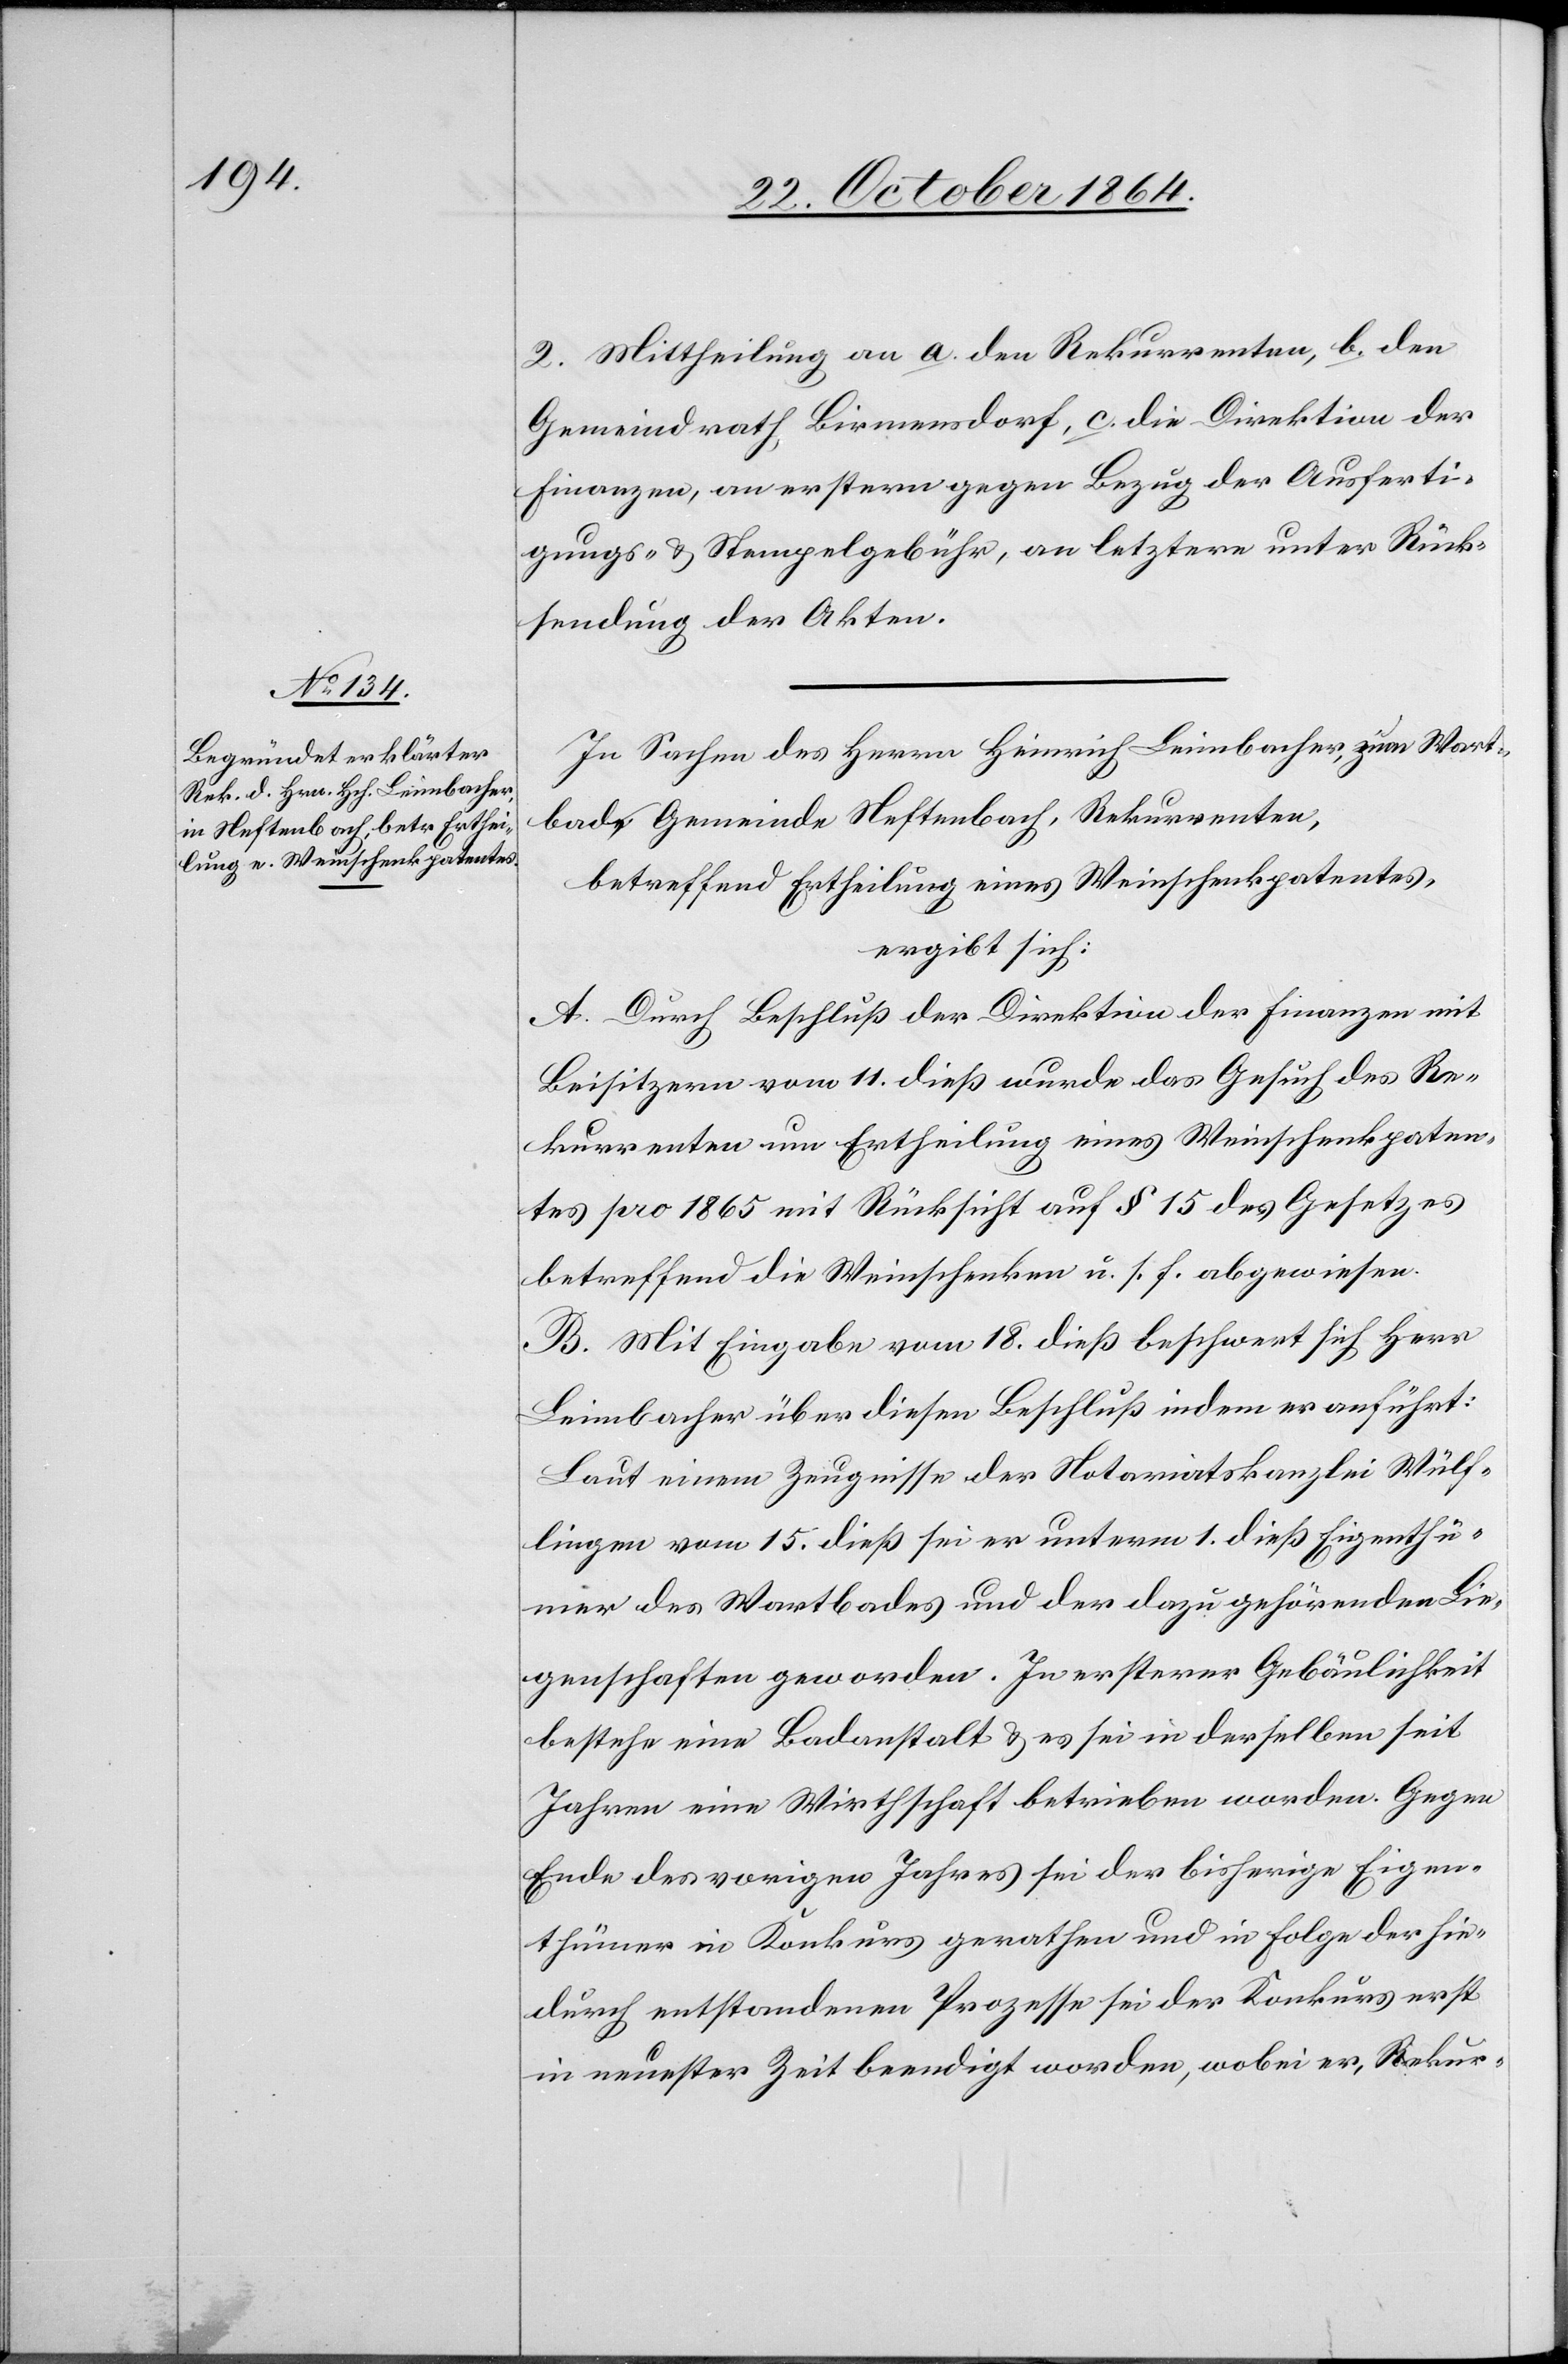
2. Mittheilung an a. den Rekurrenten, b. den
Gemeindrath Birmensdorf, c. die Direktion der
Finanzen, an erstern gegen Bezug der Ausferti¬
gungs- & Stempelgebühr, an letztere unter Rück¬
sendung der Akten.
Wartbade, Gemeinde Neftenbach, Rekurrenten,
betreffend Ertheilung eines Weinschenkpatentes,
ergibt sich:
A. Durch Beschluß der Direktion der Finanzen mit
Beisitzern vom 11. dieß wurde das Gesuch des Re¬
kurrenten um Ertheilung eines Weinschenkpaten¬
tes pro 1865 mit Rücksicht auf § 15 des Gesetzes
betreffend die Weinschenken u. s. f. abgewiesen.
B. Mit Eingabe vom 18. dieß beschwert sich Herr
Leimbacher über diesen Beschluß indem er anführt:
Laut einem Zeugnisse der Notariatskanzlei Wülf¬
lingen vom 15. dieß sei er unterm 1. dieß Eigenthü¬
mer des Wartbades und der dazu gehörenden Lie¬
genschaften geworden. In ersterer Gebäulichkeit
bestehe eine Badeanstalt & es sei in derselben seit
Jahren eine Wirthschaft betrieben worden. Gegen
Ende des vorigen Jahres sei der bisherige Eigen¬
thümer in Konkurs gerathen und in Folge der hie¬
durch entstandenen Prozesse sei der Konkurs erst
in neuester Zeit beendigt worden, wobei er, Rekur-